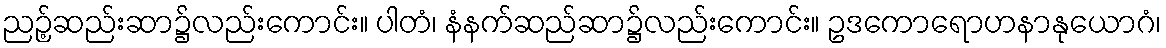
ညဉ့်ဆည်းဆာ၌လည်းကောင်း။ ပါတံ၊ နံနက်ဆည်ဆာ၌လည်းကောင်း။ ဥဒကောရောဟနာနုယောဂံ၊